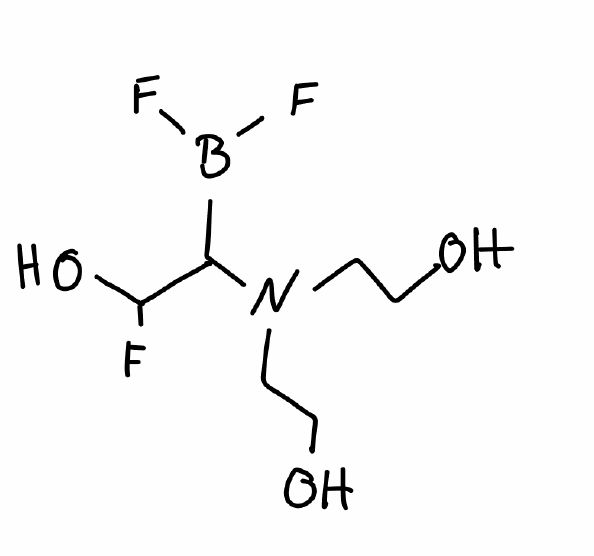
Simplified molecular-input line-entry system (SMILES) notation of the given molecule:
B(C(C(O)F)N(CCO)CCO)(F)F